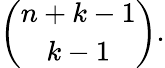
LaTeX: {\binom{n+k-1}{k-1}}.